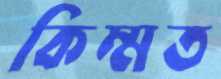
কিম্মত